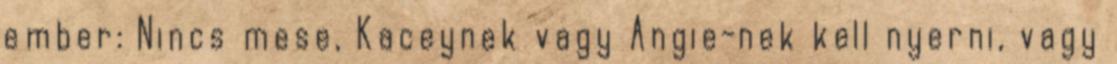
ember: Nincs mese, Kaceynek vagy Angie-nek kell nyerni, vagy